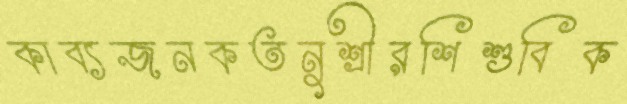
কাব্যজনকতনুশ্রীরশিশুবিক